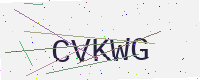
Text: CVKWG